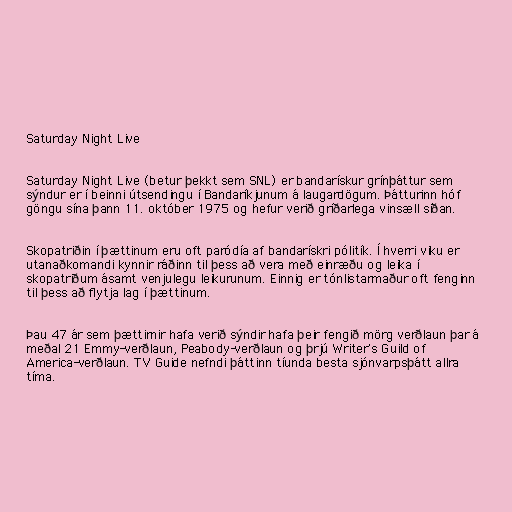
Saturday Night Live

Saturday Night Live (betur þekkt sem SNL) er bandarískur grínþáttur sem
sýndur er í beinni útsendingu í Bandaríkjunum á laugardögum. Þátturinn hóf
göngu sína þann 11. október 1975 og hefur verið gríðarlega vinsæll síðan.

Skopatriðin í þættinum eru oft paródía af bandarískri pólitík. Í hverri viku er
utanaðkomandi kynnir ráðinn til þess að vera með einræðu og leika í
skopatriðum ásamt venjulegu leikurunum. Einnig er tónlistarmaður oft fenginn
til þess að flytja lag í þættinum.

Þau 47 ár sem þættirnir hafa verið sýndir hafa þeir fengið mörg verðlaun þar á
meðal 21 Emmy-verðlaun, Peabody-verðlaun og þrjú Writer's Guild of
America-verðlaun. TV Guide nefndi þáttinn tíunda besta sjónvarpsþátt allra
tíma.